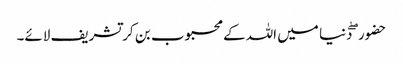
حضور ۖ دنیا میں اللہ کے محبوب بن کر تشریف لائے۔